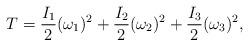
LaTeX: \begin{align*}T=\frac{I_{1}}{2}(\omega_{1})^2+\frac{I_{2}}{2}(\omega_{2})^2+\frac{I_{3}}{2}(\omega_{3})^2,\end{align*}